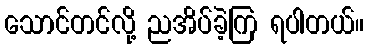
သောင်တင်လို့ ညအိပ်ခဲ့ကြ ရပါတယ်။